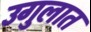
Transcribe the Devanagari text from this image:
उगुलात